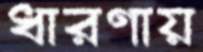
ধারণায়